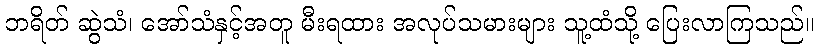
ဘရိတ် ဆွဲသံ၊ အော်သံနှင့်အတူ မီးရထား အလုပ်သမားများ သူ့ထံသို့ ပြေးလာကြသည်။